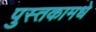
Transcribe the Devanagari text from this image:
पुस्तकामधे